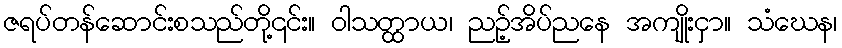
ဇရပ်တန်ဆောင်းစသည်တို့၎င်း။ ဝါသတ္ထာယ၊ ညဉ့်အိပ်ညနေ အကျိုးငှာ။ သံဃေန၊